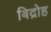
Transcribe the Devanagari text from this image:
बिद्रोह